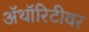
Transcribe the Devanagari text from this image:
ॲथॉरिटीवर